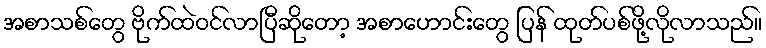
အစာသစ်တွေ ဗိုက်ထဲဝင်လာပြီဆိုတော့ အစာဟောင်းတွေ ပြန် ထုတ်ပစ်ဖို့လိုလာသည်။